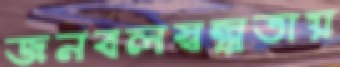
জনবলস্বল্পতায়